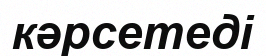
кәрсетеді